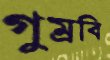
গুম্‌রবি